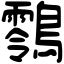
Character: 䴇